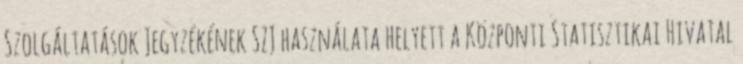
Szolgáltatások Jegyzékének SZJ használata helyett a Központi Statisztikai Hivatal